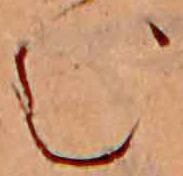
む